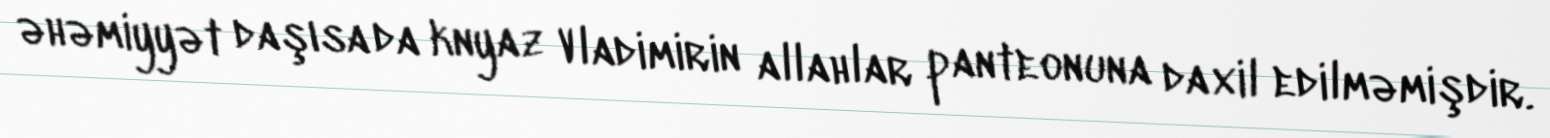
əhəmiyyət daşısa da knyaz Vladimirin allahlar panteonuna daxil edilməmişdir.